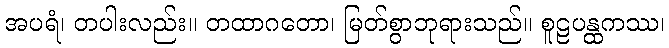
အပရံ၊ တပါးလည်း။ တထာဂတော၊ မြတ်စွာဘုရားသည်။ စူဠပန္ထကဿ၊